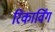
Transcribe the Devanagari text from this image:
रिकार्विंग